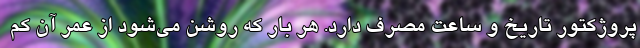
پروژکتور تاریخ و ساعت مصرف دارد. هر بار که روشن می‌شود از عمر آن کم